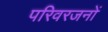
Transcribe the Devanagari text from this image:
परिवरजनों